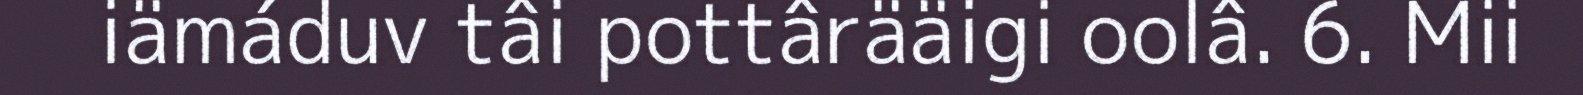
iämáduv tâi pottârääigi oolâ. 6. Mii